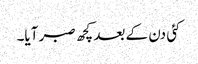
کئی دن کے بعد کچھ صبر آیا۔